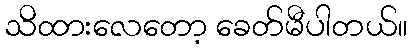
သိထားလေတော့ ခေတ်မီပါတယ်။